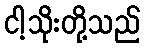
ငါ့သိုးတို့သည်